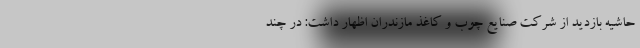
حاشیه بازدید از شرکت صنایع چوب و کاغذ مازندران اظهار داشت: در چند